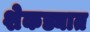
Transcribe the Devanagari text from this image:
शेकड्यात